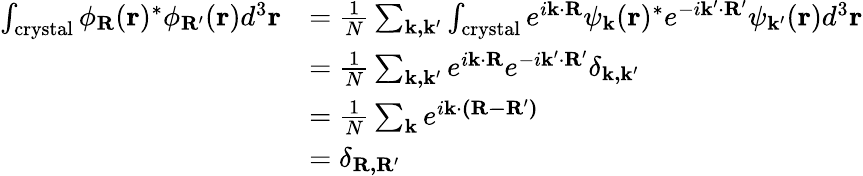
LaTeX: {\begin{array}{rl}{\int_{\mathrm{crystal}}\phi_{\mathbf{R}}(\mathbf{r})^{*}\phi_{\mathbf{R^{\prime}}}(\mathbf{r})d^{3}\mathbf{r}}&{={\frac{1}{N}}\sum_{\mathbf{k,k^{\prime}}}\int_{\mathrm{crystal}}e^{i\mathbf{k}\cdot\mathbf{R}}\psi_{\mathbf{k}}(\mathbf{r})^{*}e^{-i\mathbf{k^{\prime}}\cdot\mathbf{R^{\prime}}}\psi_{\mathbf{k^{\prime}}}(\mathbf{r})d^{3}\mathbf{r}}\\ &{={\frac{1}{N}}\sum_{\mathbf{k,k^{\prime}}}e^{i\mathbf{k}\cdot\mathbf{R}}e^{-i\mathbf{k^{\prime}}\cdot\mathbf{R^{\prime}}}\delta_{\mathbf{k,k^{\prime}}}}\\ &{={\frac{1}{N}}\sum_{\mathbf{k}}e^{i\mathbf{k}\cdot\mathbf{(R-R^{\prime})}}}\\ &{=\delta_{\mathbf{R,R^{\prime}}}}\end{array}}